Annual administration report of the Civil Veterinary Department of India - 1897-1898
Year: 1897
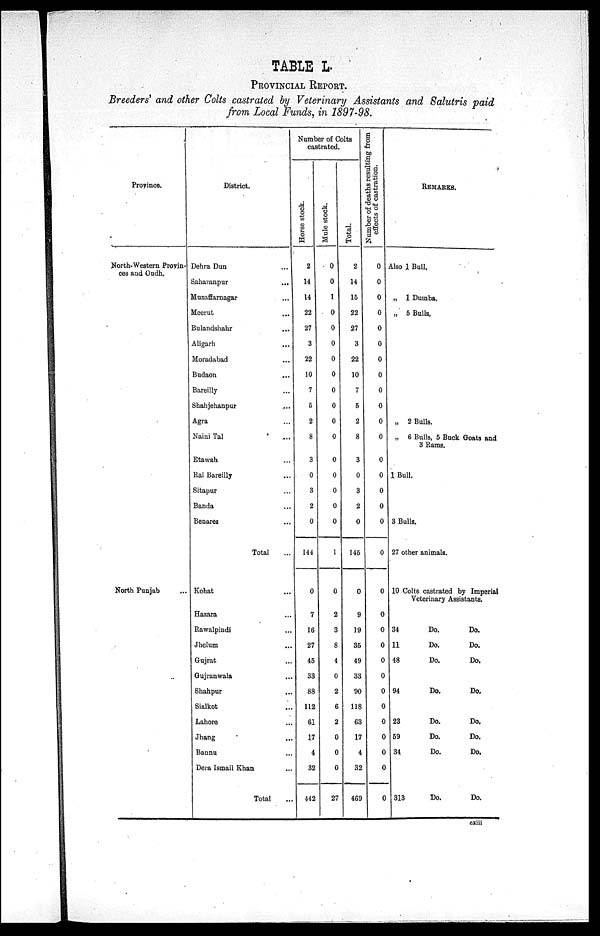
TABLE L.
PROVINCIAL REPORT.
Breeders' and other Colts castrated by Veterinary Assistants and Salutris paid
from Local Funds, in 1897—98.
Province.
North—Western Provin-
ces and Oudh.
North Punjab ...
District.
Dehra Dun ...
Saharanpur ...
Muzaffarnagar ...
Meerut ...
Bulandshahr ...
Aligarh ...
Moradabad ...
Budaon ...
Bareilly ...
Shahjehanpur ...
Agra...
Naini Tal ...
Etawah ...
Rai Bareilly ...
Sitapur ...
Banda ...
Benares ...
Total ...
Kohat ...
Hazara ...
Rawalpindi ...
Jhelum ...
Gujrat ...
Gujranwala ...
Shahpur ...
Sialkot ...
Lahore
Jhang ...
Baunu ...
Dera Ismail Khan ...
Total ...
Number of Colts
castrated.
Hor s e stock.
2
14
14
22
27
3
22
10
7
5
2
8
3
0
3
2
0
144
0
7
16
27
45
33
88
112
61
17
4
32
442
Mule stock.
0
0
1
0
0
0
0
0
0
0
0
0
0
0
0
0
0
1
0
2
3
8
4
0
2
6
2
0
0
0
27
Total.
2
14
15
22
27
3
22
10
7
5
2
8
3
0
3
2
0
145
0
9
19
35
49
33
90
118
63
17
4
32
469
Number of deaths resulting from
effects of castration.
0
0
0
0
0
0
0
0
0
0
0
0
0
0
0
0
0
0
0
0
0
0
0
0
0
0
0
0
0
0
0
REMARKS.
Also 1 Bull.
„ 1 Dumba.
„ 5 Bulls.
„ 2 Bulls.
„ 6 Bulls, 5 Buck Goats and
3 Rams.
1 Bull.
3 Bulls.
27 other animals.
10 Colts castrated by Imperial
Veterinary Assistants.
34
Do.
Do.
11
Do.
Do.
48
Do.
Do.
94
Do.
Do.
23
Do.
Do.
59
Do.
Do.
34
Do.
Do.
313
Do.
Do.
cxiii